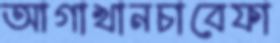
আগাখানচাবেফা